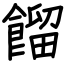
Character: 餾